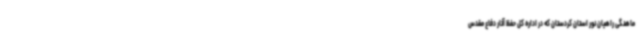
ماهنگی راهیان نور استان کردستان که در اداره‌ کل حفظ آثار دفاع مقدس